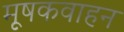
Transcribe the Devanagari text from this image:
मूषकवाहन